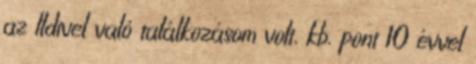
az Ildivel való találkozásom volt, kb. pont 10 évvel